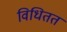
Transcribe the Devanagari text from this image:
विधितत